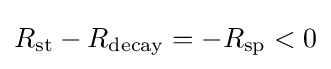
R_{\rm {st}}-R_{\rm {decay}}=-R_{\rm {sp}}<0